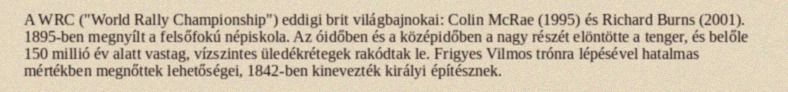
A WRC ("World Rally Championship") eddigi brit világbajnokai: Colin McRae (1995) és Richard Burns (2001). 1895-ben megnyílt a felsőfokú népiskola. Az óidőben és a középidőben a nagy részét elöntötte a tenger, és belőle 150 millió év alatt vastag, vízszintes üledékrétegek rakódtak le. Frigyes Vilmos trónra lépésével hatalmas mértékben megnőttek lehetőségei, 1842-ben kinevezték királyi építésznek.